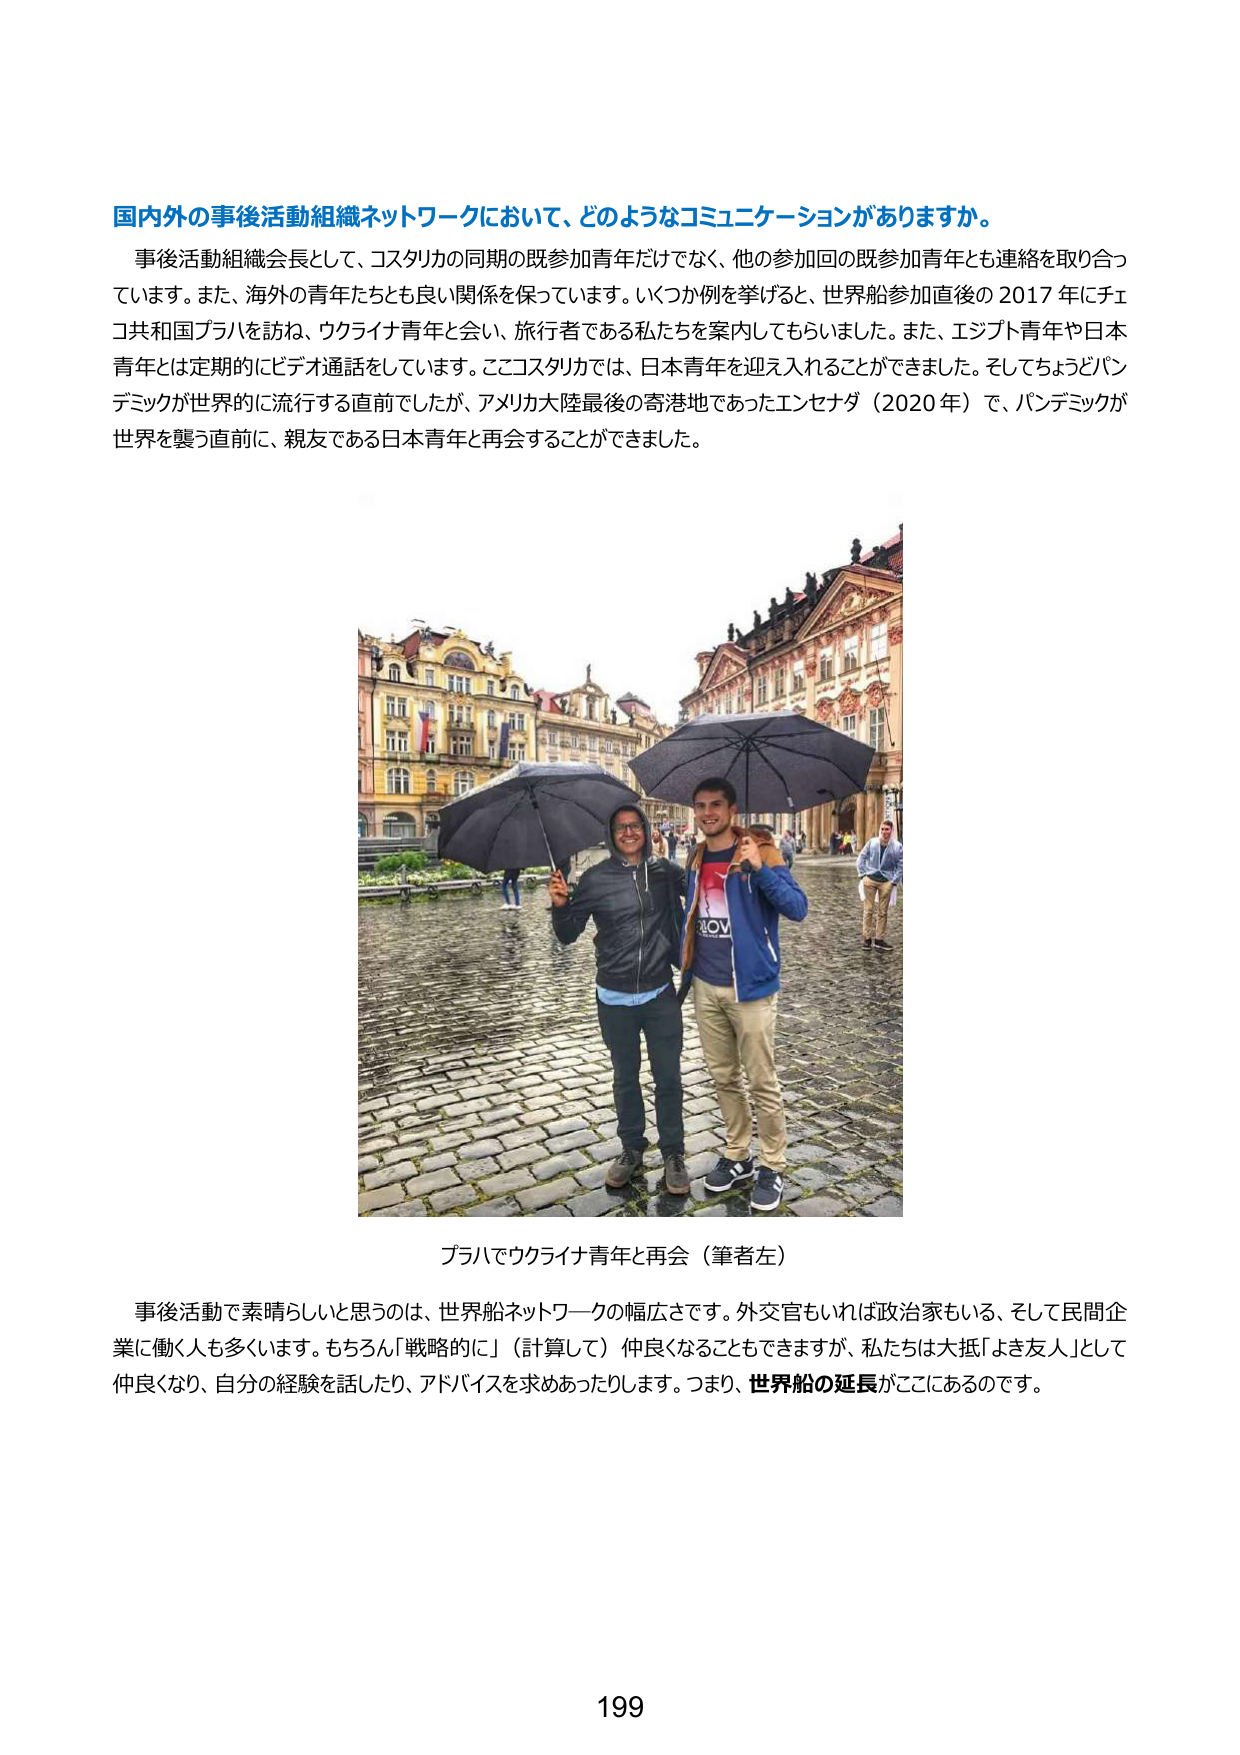
国内外の事後活動組織ネットワークにおいて、どのようなコミュニケーションがありますか。

事後活動組織会長として、コスタリカの同期の既参加青年だけでなく、他の参加回の既参加青年とも連絡を取り合っています。また、海外の青年たちとも良い関係を保っています。いくつか例を挙げると、世界船参加直後の2017年にチェコ共和国プラハを訪ね、ウクライナ青年と会い、旅行者である私たちを案内してもらいました。また、エジプト青年や日本青年とは定期的にビデオ通話しています。ここコスタリカでは、日本青年を迎え入れることができました。そしてちょうどパンデミックが世界的に流行する直前でしたが、アメリカ大陸最後の寄港地であったエンセナダ（2020年）で、パンデミックが世界を襲う直前に、親友である日本青年と再会することができました。

プラハでウクライナ青年と再会（筆者左）

事後活動で素晴らしいと思うのは、世界船ネットワークの幅広さです。外交官もいれば政治家もいる、そして民間企業に働く人も多くいます。もちろん「戦略的に」（計算して）仲良くなることもできますが、私たちは大抵「よき友人」として仲良くなり、自分の経験を話したり、アドバイスを求めあったりします。つまり、世界船の延長がここにあるのです。

199